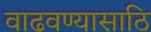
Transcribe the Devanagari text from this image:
वाढवण्यासाठि